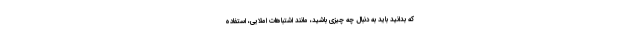
که بدانید باید به دنبال چه چیزی باشید، مانند اشتباهات املایی، استفاده